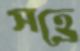
সহ্রে